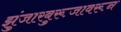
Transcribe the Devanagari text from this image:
झुंजारबुरूजावरून